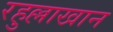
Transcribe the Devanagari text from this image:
रहुल्लाखान